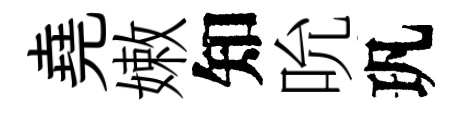
堯嫩知吮㺬